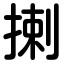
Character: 揦